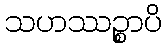
သဟဿဉ္စာပိ